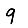
Digit: 9